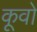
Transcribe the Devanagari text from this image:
कूवो